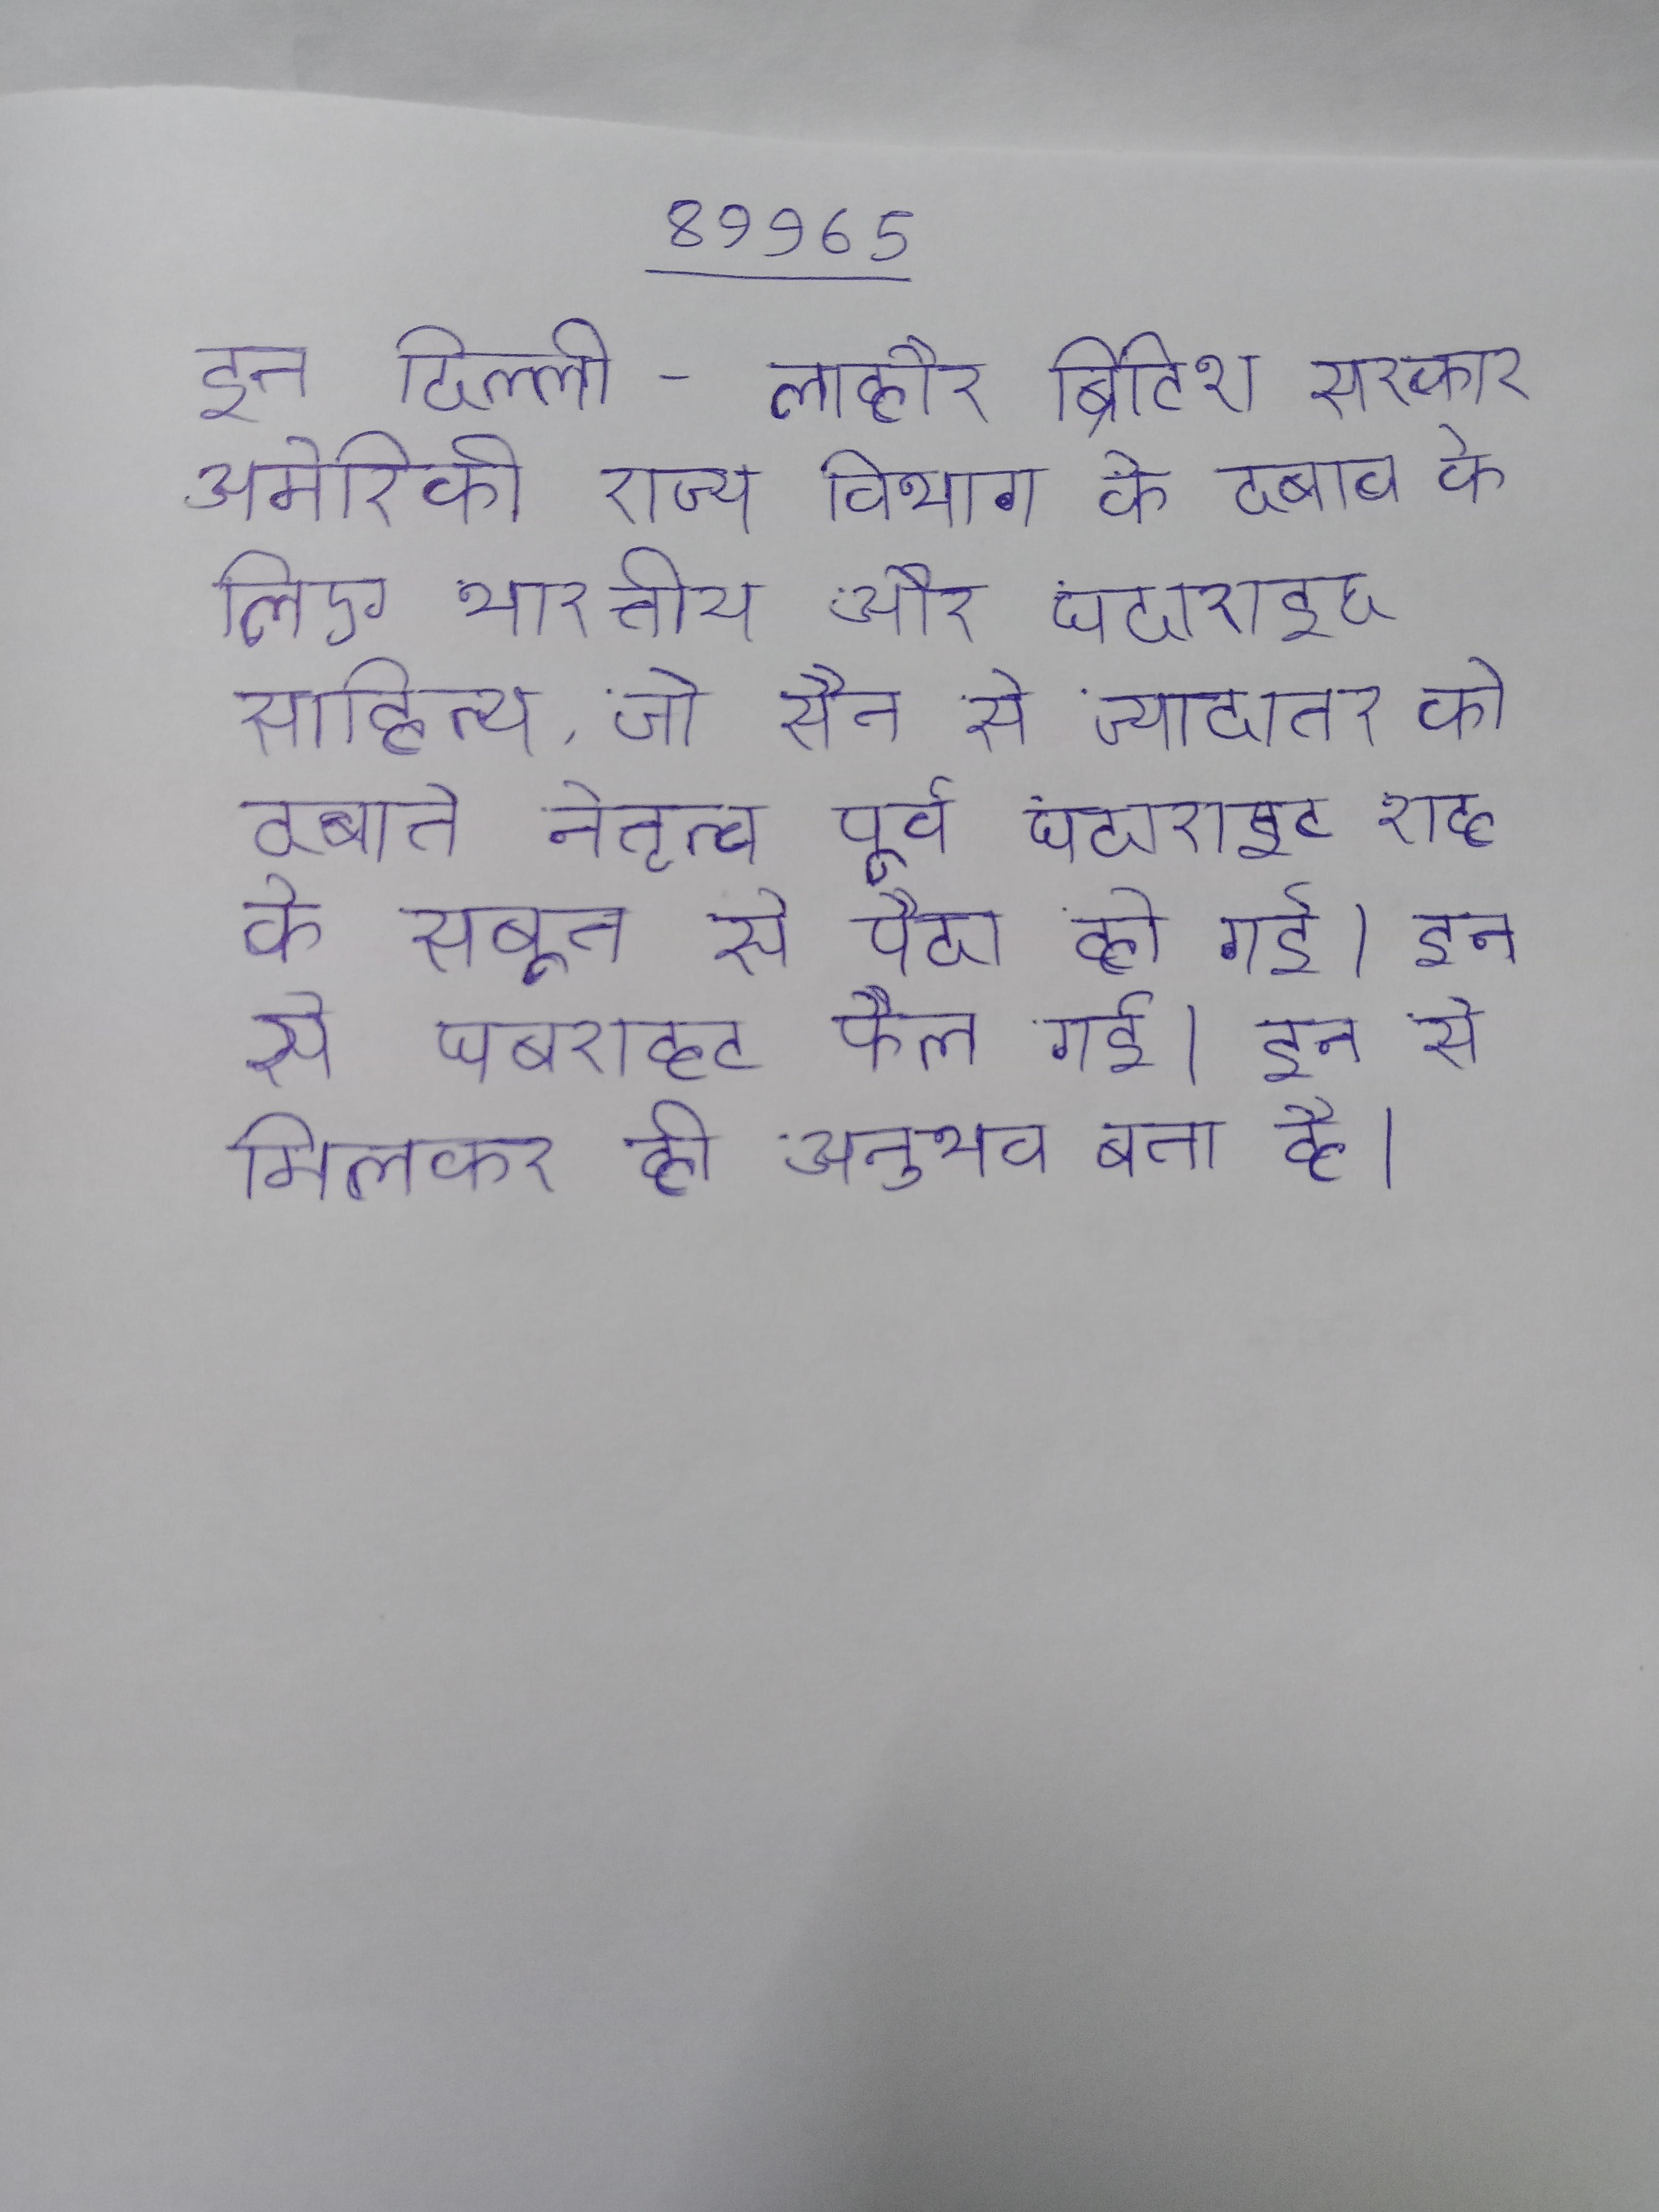
इन दिल्ली - लाहौर ब्रिटिश सरकार अमेरिकी राज्य विभाग के दबाव के लिए भारतीय और घदाराइट साहित्य, जो सैन से ज्यादातर को दबाने नेतृत्व पूर्व घदाराइट शह के सबूत से पैदा हो गई । इन से घबराहट फैल गई । इन से मिलकर ही अनुभव बना है ।